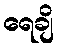
ရေချိ